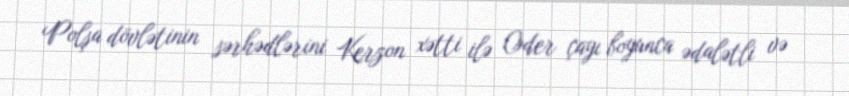
Polşa dövlətinin sərhədlərini Kerzon xətti ilə Oder çayı boyunca ədalətli və